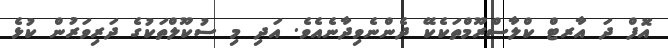
އޮފް ދަ އާރޓް ކްލާސްރޫމްތަކެކޭ ދެންނެވިދާނެއެވެ. އަދި މި ސުކޫލްތަކުގެ ދަރިވަރުން ކުޅެ